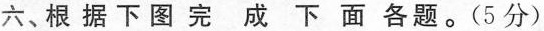
六、根据下图完成下面各题。(5分)